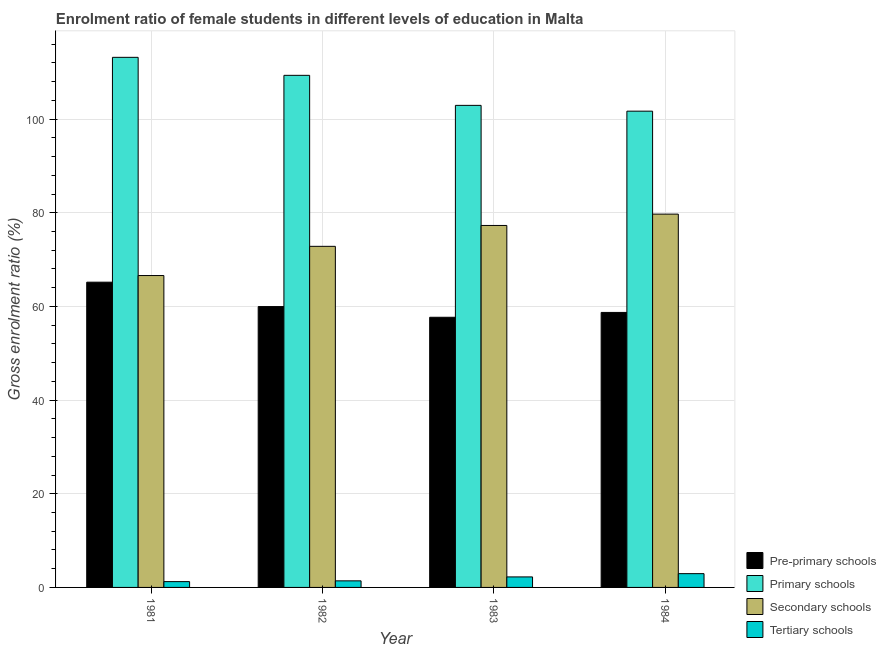
| Year | Pre-primary schools | Primary schools | Secondary schools | Tertiary schools |
 | --- | --- | --- | --- | --- |
 | 1981 | 65.2 | 113 | 66.6 | 1.24 |
 | 1982 | 60 | 109 | 72.8 | 1.4 |
 | 1983 | 57.7 | 103 | 77.3 | 2.24 |
 | 1984 | 58.7 | 102 | 79.7 | 2.94 |